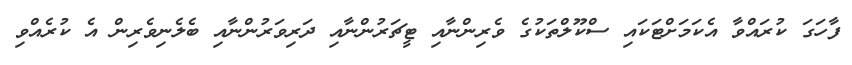
ފާހަގަ ކުރައްވާ އެކަމަށްޓަކައި ސްކޫލްތަކުގެ ވެރިންނާއި ޓީޗަރުންނާއި ދަރިވަރުންނާއި ބެލެނިވެރިން އެ ކުރެއްވި